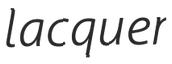
lacquer